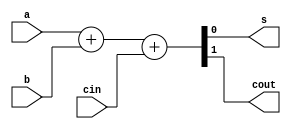
module adder_1_bit (
				input a, b, cin,
		      output s, cout);

	assign {cout, s} = a + b + cin;
	
endmodule